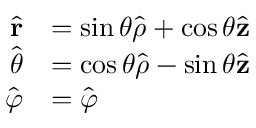
{ \begin{array} { r l } { { \hat { \mathbf { r } } } } & { = \sin \theta { \hat { \boldsymbol { \rho } } } + \cos \theta { \hat { \mathbf { z } } } } \\ { { \hat { \boldsymbol { \theta } } } } & { = \cos \theta { \hat { \boldsymbol { \rho } } } - \sin \theta { \hat { \mathbf { z } } } } \\ { { \hat { \boldsymbol { \varphi } } } } & { = { \hat { \boldsymbol { \varphi } } } } \end{array} }